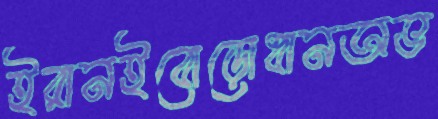
ইরানইবোড়োধানঅভ